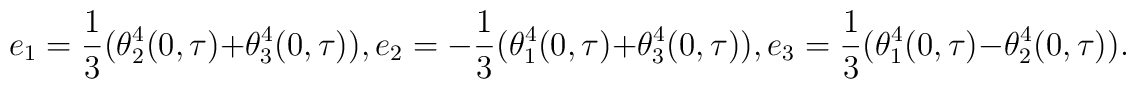
e_{1}=\frac {1}{3}(\theta_{2}^{4}(0,\tau)+\theta_{3}^{4}(0,\tau)),e_{2}=- \frac {1}{3}(\theta_{1}^{4}(0,\tau)+\theta_{3}^{4}(0,\tau)),e_{3}=\frac {1}{3}(\theta_{1}^{4}(0,\tau)-\theta_{2}^{4}(0,\tau)).